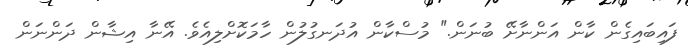
ފައިބައިގެން ކާން އަންނާށޭ ބުނަން." މުސްކާން އުދަނގުލުން ހާމަކޮށްލިއެވެ. އޭނާ އިޝާން ދަންނަން